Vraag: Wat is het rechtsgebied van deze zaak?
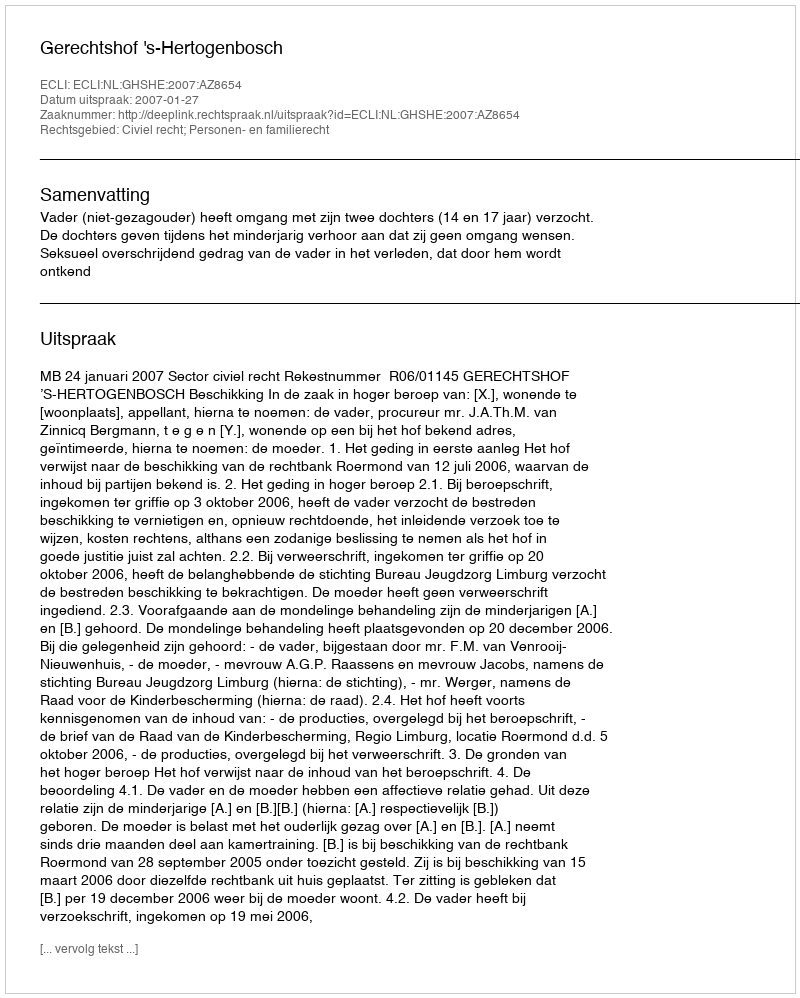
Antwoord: Civiel recht; Personen- en familierecht